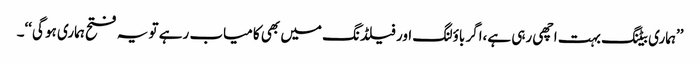
’’ہماری بیٹنگ بہت اچھی رہی ہے،اگر باؤلنگ اور فیلڈنگ میں بھی کامیاب رہے تو یہ فتح ہماری ہو گی‘‘۔